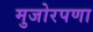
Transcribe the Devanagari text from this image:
मुजोरपणा